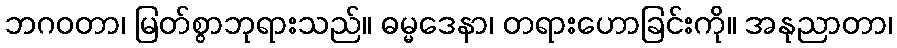
ဘဂဝတာ၊ မြတ်စွာဘုရားသည်။ ဓမ္မဒေနာ၊ တရားဟောခြင်းကို။ အနုညာတာ၊